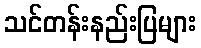
သင်တန်းနည်းပြများ